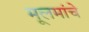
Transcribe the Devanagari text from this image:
मूलमांचे